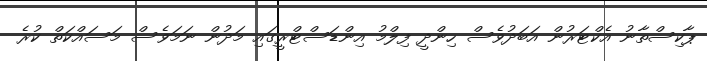
ޕާކިސްތާނު އެކްޓަރުން އަބަދުވެސް ހިންދީ ފިލްމު އިންޑަސްޓްރީގައި މަދުން ނަމަވެސް މަސައްކަތް ކުރެ